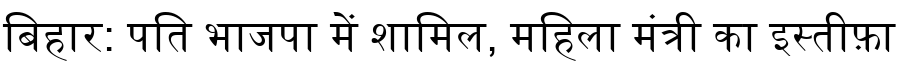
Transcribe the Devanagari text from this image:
बिहार: पति भाजपा में शामिल, महिला मंत्री का इस्तीफ़ा